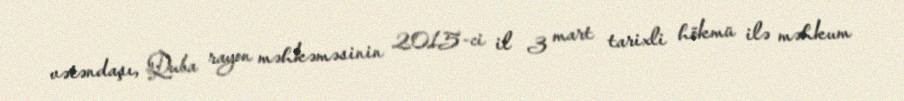
vətəndaşı, Quba rayon məhkəməsinin 2015-ci il 3 mart tarixli hökmü ilə məhkum